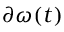
\partial \omega ( t )